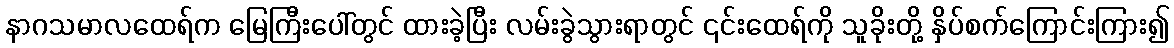
နာဂသမာလထေရ်က မြေကြီးပေါ်တွင် ထားခဲ့ပြီး လမ်းခွဲသွားရာတွင် ၎င်းထေရ်ကို သူခိုးတို့ နှိပ်စက်ကြောင်းကြား၍